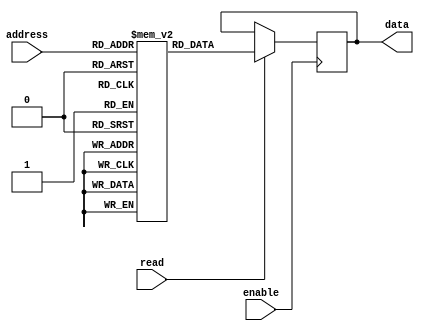
module MemoryBlocks_Flash_ROM (
  input wire [M-1:0] address,
  input wire enable,
  input wire read,
  output reg [N-1:0] data
);

parameter M = 10; // Number of address bits
parameter N = 8; // Number of data bits

reg [N-1:0] memory [0:2**M-1]; // Array of memory blocks

always @ (posedge enable) begin
  if (read) begin
    data <= memory[address];
  end
end

endmodule